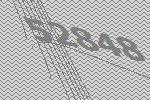
52848